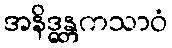
အနိဒ္ဓန္တကသာဝံ